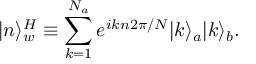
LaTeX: | n \rangle _ { w } ^ { H } \equiv \sum _ { k = 1 } ^ { N _ { a } } e ^ { i k n 2 \pi / N } | k \rangle _ { a } | k \rangle _ { b } .